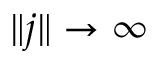
\| \boldsymbol j \| \rightarrow \infty